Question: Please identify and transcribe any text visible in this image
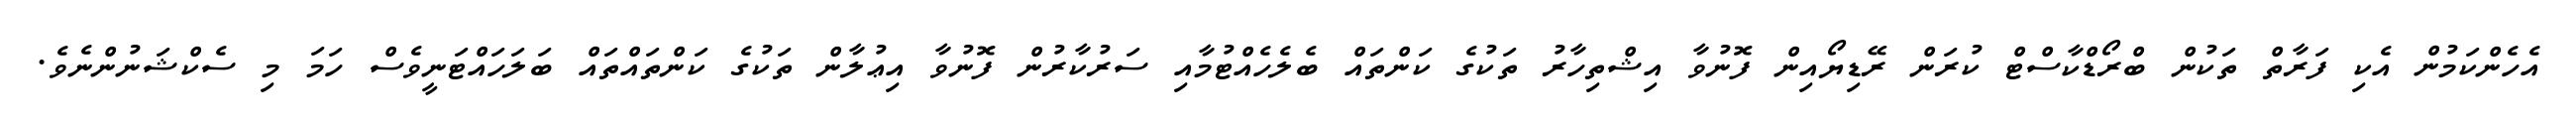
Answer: އެހެންކަމުން އެކި ފަރާތް ތަކުން ބްރޯޑްކާސްޓް ކުރަން ރޭޑިޔޯއިން ފޮނުވާ އިޝްތިހާރު ތަކުގެ ކަންތައް ބެލެހެއްޓުމާއި ސަރުކާރުން ފޮނުވާ އިޢުލާން ތަކުގެ ކަންތައްތައް ބަލަހައްޓަނީވެސް ހަމަ މި ސެކްޝަނުންނެވެ.